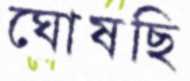
ঘোষছি